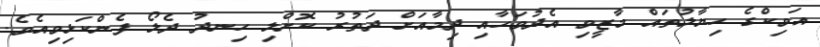
އަވިކްގެ ހިޔާލުތައް މާޒީވި އެދުވަހާއި ދިމާއަށް ދަތުރު ކޮށްލި ހިނދު ދެލޯ ފެންކަޅިވިއެވެ.